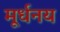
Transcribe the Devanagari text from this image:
मूर्धनय